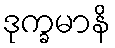
ဒုက္ခမာနိ